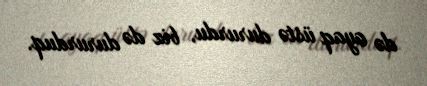
də ayaq üstə dururdu, biz də dururduq.